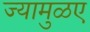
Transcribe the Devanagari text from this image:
ज्यामुळए